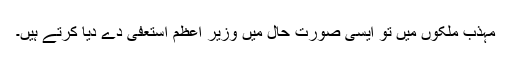
مہذب ملکوں میں تو ایسی صورتِ حال میں وزیر اعظم استعفیٰ دے دیا کرتے ہیں۔